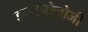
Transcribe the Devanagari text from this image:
इम्युनोलोजी